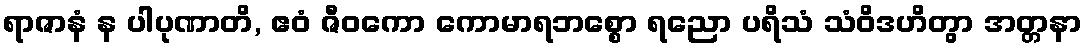
ရာဇာနံ န ပါပုဏာတိ, ဧဝံ ဇီဝကော ကောမာရဘစ္စော ရညော ပရိသံ သံဝိဒဟိတွာ အတ္တနာ